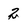
Character: 2